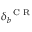
\delta _ { b } ^ { \mathrm { ~ \scriptsize ~ C ~ R ~ } }